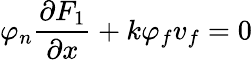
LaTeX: \varphi_{n}\frac{\partial F_{1}}{\partial x}+k\varphi_{f}v_{f}=0